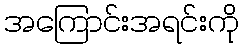
အကြောင်းအရင်းကို